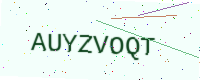
Text: AUYZVOQT